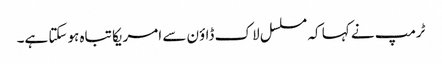
ٹرمپ نے کہا کہ مسلسل لاک ڈاؤن سے امریکا تباہ ہوسکتا ہے۔